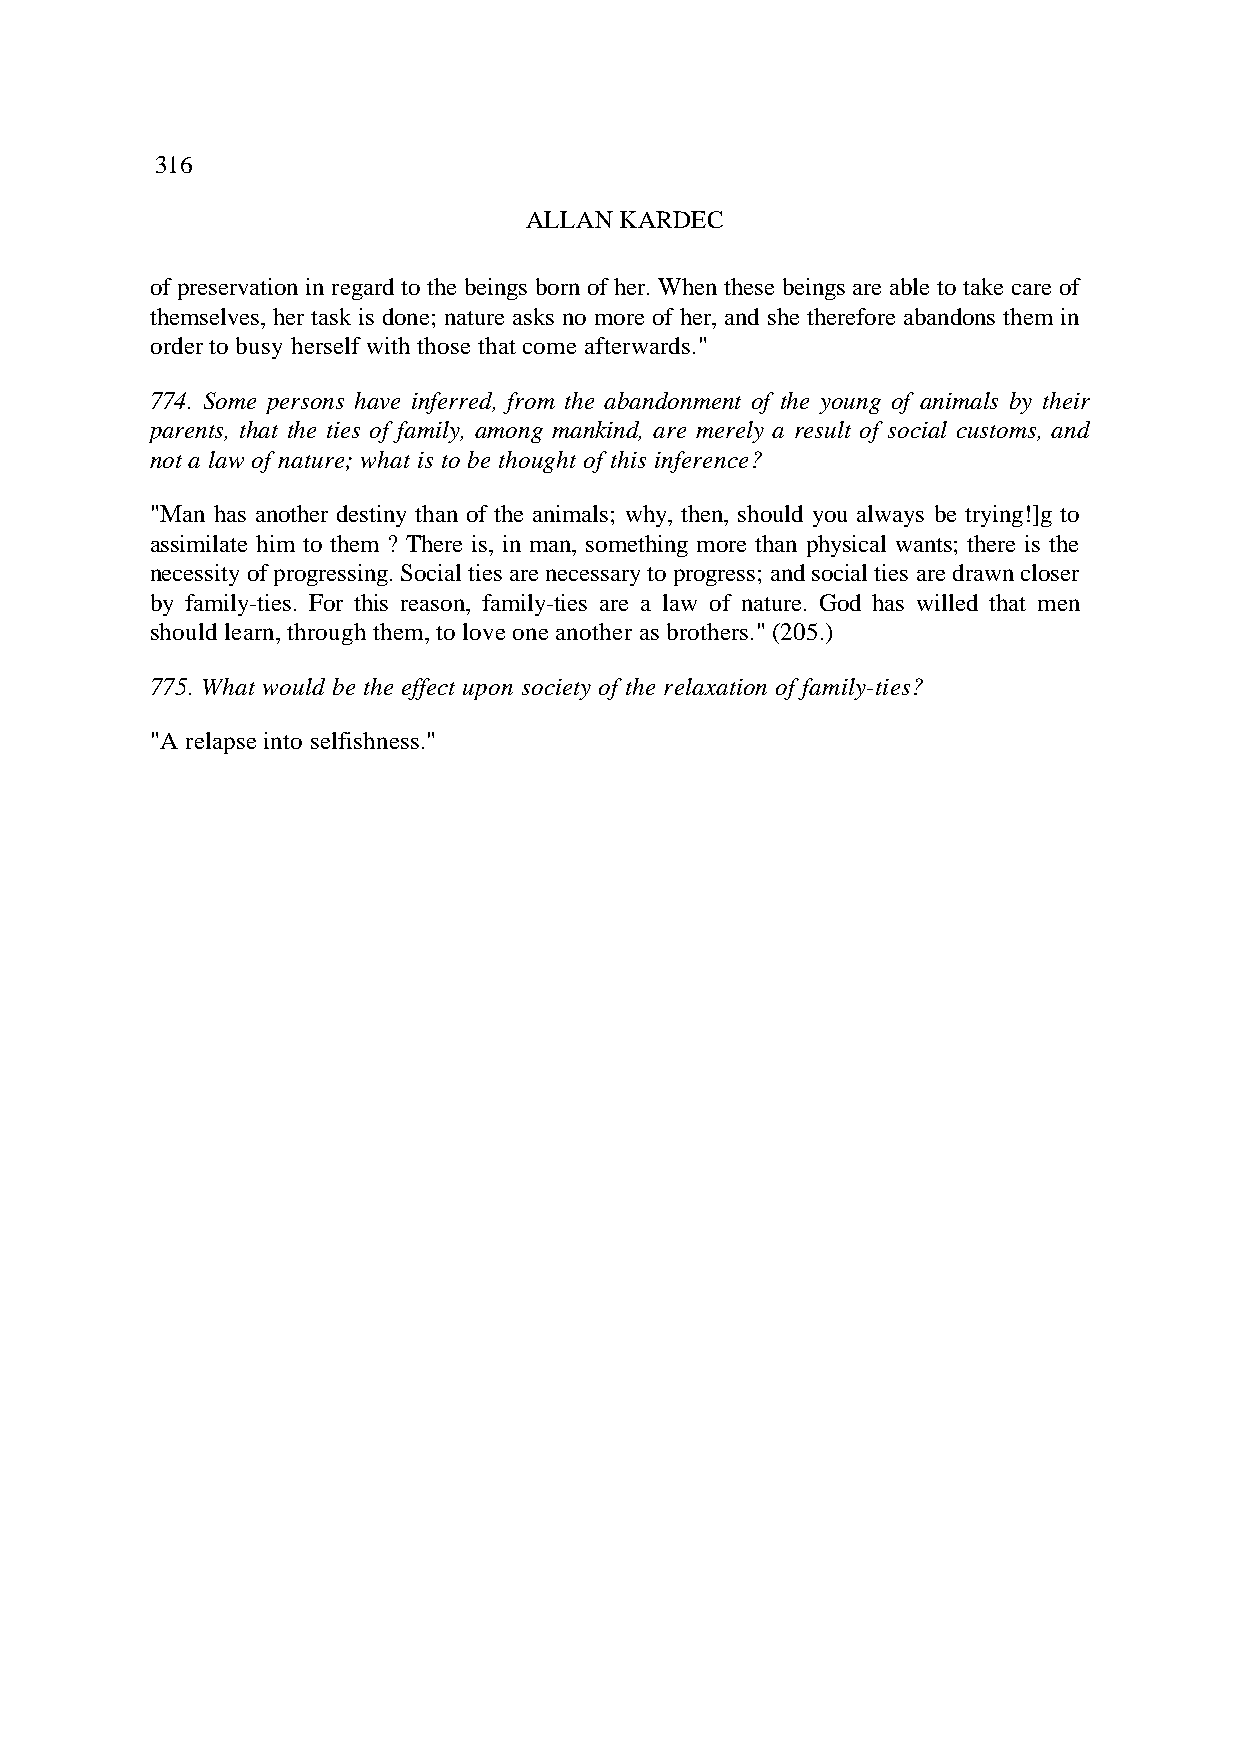
316
 ALLAN KARDEC
 of preservation in regard to the beings born of her. When these beings are able to take care of
 themselves, her task is done; nature asks no more of her, and she therefore abandons them in
 order to busy herself with those that come afterwards."
 774. Some persons have inferred, from the abandonment of the young of animals by their
 parents, that the ties of family, among mankind, are merely a result of social customs, and
 not a law of nature; what is to be thought of this inference?
 "Man has another destiny than of the animals; why, then, should you always be trying!]g to
 assimilate him to them ? There is, in man, something more than physical wants; there is the
 necessity of progressing. Social ties are necessary to progress; and social ties are drawn closer
 by family-ties. For this reason, family-ties are a law of nature. God has willed that men
 should learn, through them, to love one another as brothers." (205.)
 775. What would be the effect upon society of the relaxation of family-ties?
 "A relapse into selfishness."